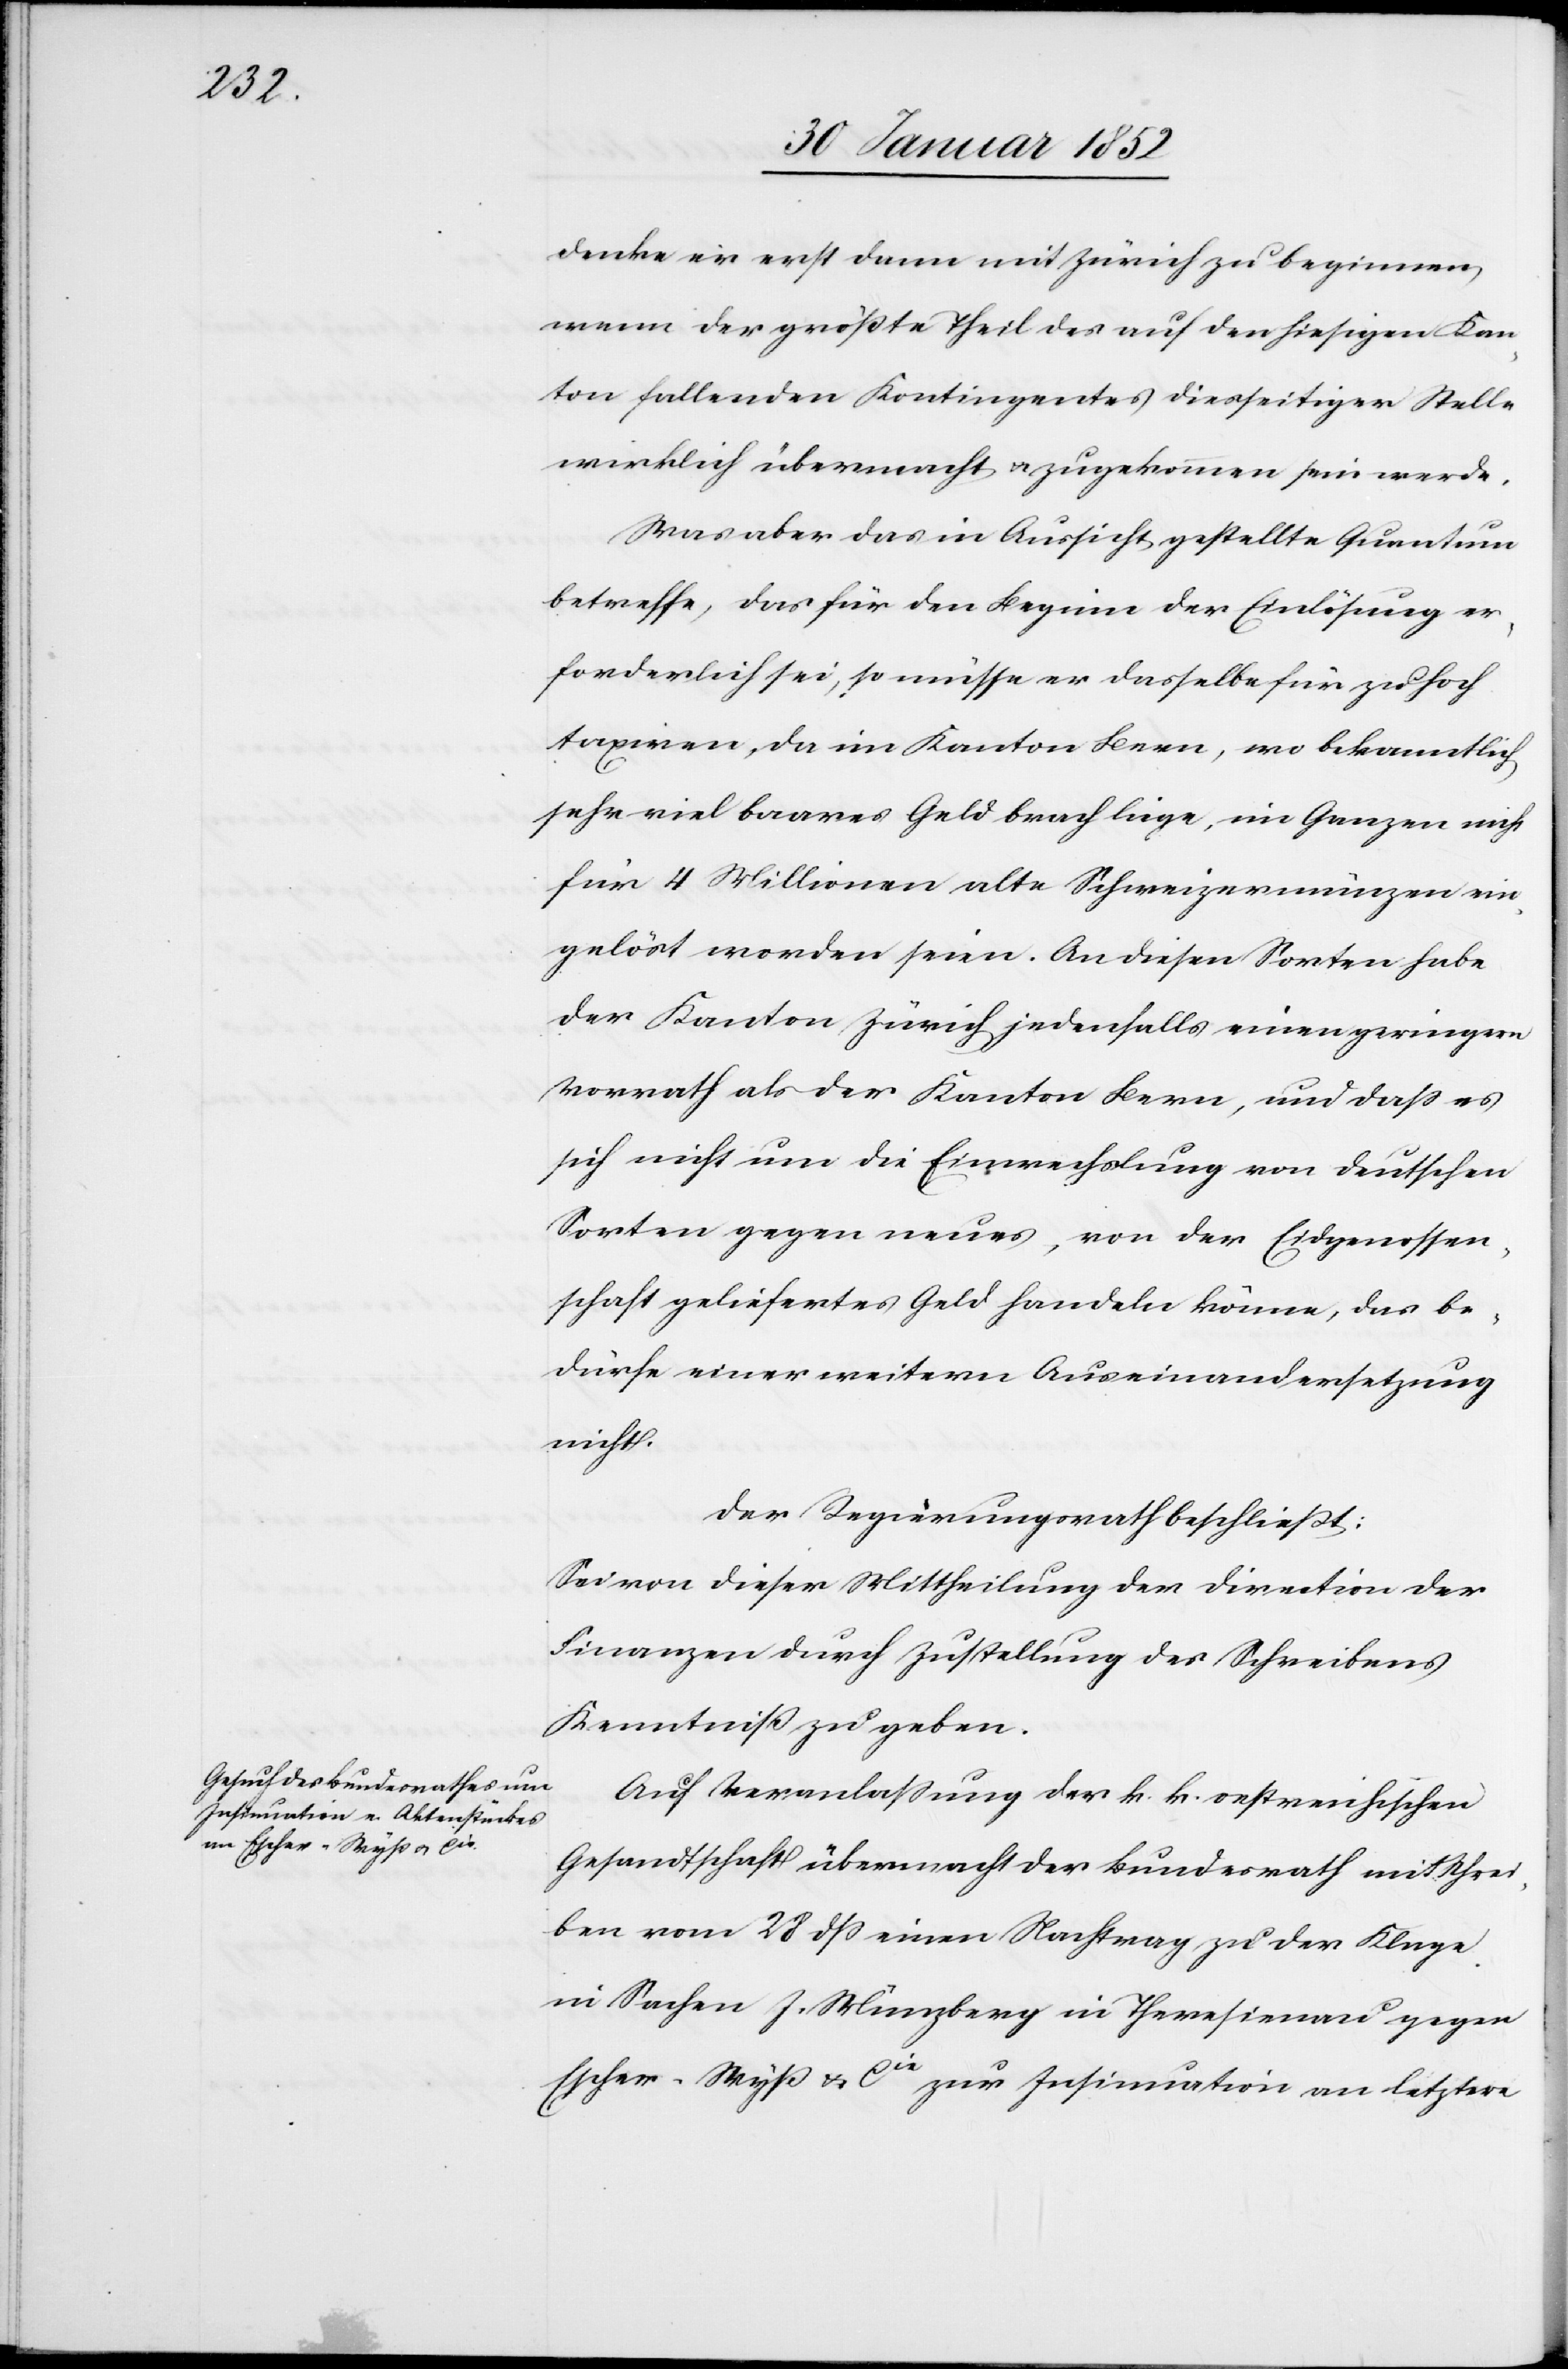
denke er erst dann mit Zürich zu beginnen,
wenn der größte Theil des auf den hiesigen Kan¬
ton fallenden Kontingentes diesseitiger Stelle
wirklich übermacht u. zugekommen sein werde.
Was aber das in Aussicht gestellte Quantum
betreffe, das für den Beginn der Einlösung er¬
forderlich sei, so müsse er dasselbe für zu hoch
taxiren, da im Kanton Bern, wo bekanntlich
sehr viel baares Geld brach liege, im Ganzen nicht
für 4 Millionen alte Schweizermünzen ein¬
gelöst worden seinen. An diesen Sorten habe
der Kanton Zürich jedenfalls einen geringern
Vorrath als der Kanton Bern, und daß es
sich nicht um die Einwechslung von deutschen
Sorten gegen neues, von der Eidgenossen¬
schaft geliefertes Geld handeln könne, das be¬
dürfe einer weitern Auseinandersetzung
nicht.
Der Regierungsrath beschließt:
Sei von dieser Mittheilung der Direction der
Finanzen durch Zustellung des Schreibens
Kenntniß zu geben.
Auf Veranlaßung der k. k. oestreichischen
Gesandtschaft übermacht der Bundesrath mit Schrei¬
ben vom 28 dß einen Nachtrag zu der Klage
in Sachen J. Würzberg in Theresienau gegen
Escher-Wyß u. Cie zur Insinuation an letztere